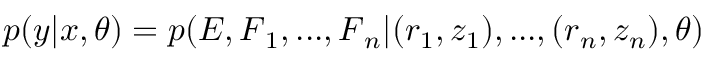
p ( \boldsymbol { y } | \boldsymbol { x } , \boldsymbol { \theta } ) = p ( E , \boldsymbol { F } _ { 1 } , . . . , \boldsymbol { F } _ { n } | ( \boldsymbol { r } _ { 1 } , z _ { 1 } ) , . . . , ( \boldsymbol { r } _ { n } , z _ { n } ) , \boldsymbol { \theta } )